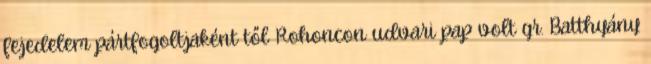
fejedelem pártfogoltjaként től Rohoncon udvari pap volt gr. Batthyány